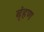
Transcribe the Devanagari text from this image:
बृंहण